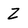
Character: Z